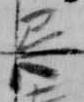
忌